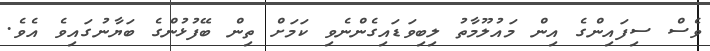
ވެސް ސިފައިންގެ އިން މައުލޫމާތު ލިބިވަޑައިގެންނެވި ކަމަށް ތިން ބޭފުޅުންގެ ބަޔާނުގައިވެ އެވެ.